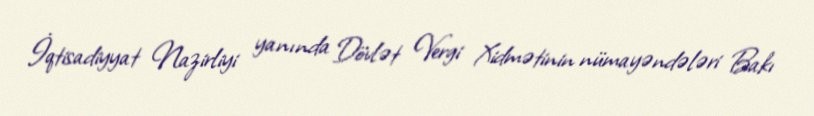
İqtisadiyyat Nazirliyi yanında Dövlət Vergi Xidmətinin nümayəndələri Bakı